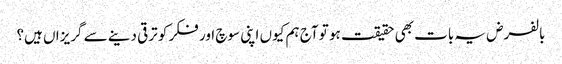
بالفرض یہ بات بھی حقیقت ہو تو آج ہم کیوں اپنی سوچ اور فکر کو ترقی دینے سے گریزاں ہیں؟